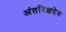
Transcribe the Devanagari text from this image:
अंतरिक्षदेव